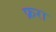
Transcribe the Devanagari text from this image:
फ्ररा